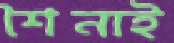
শৈনাই